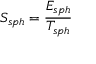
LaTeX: S _ { s p h } = \frac { E _ { s p h } } { T _ { s p h } }